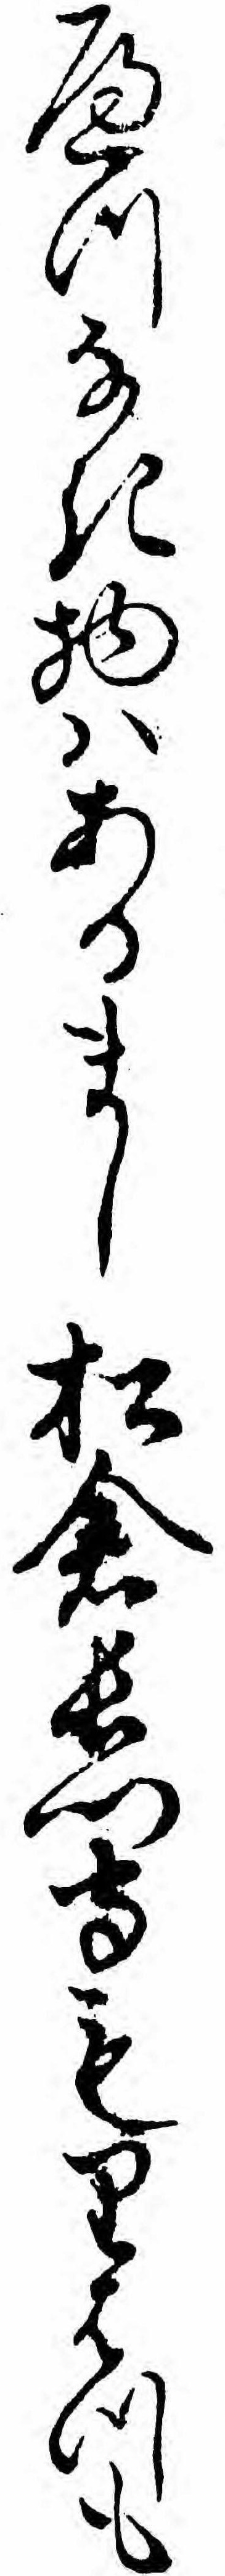
へつなき物ハあるまし松倉長門守もりはつも